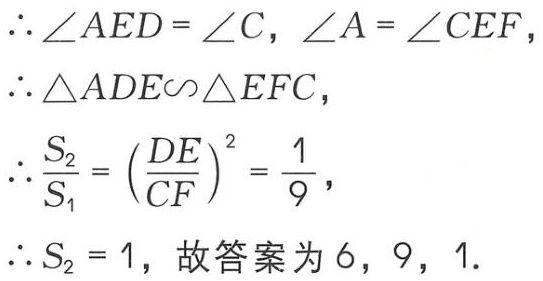
\(\therefore \angle AED = \angle C, \angle A = \angle CEF,\)
\(\therefore \triangle ADE\sim\triangle EFC,\)
\(\therefore \frac{S_{2}}{S_{1}} = \left(\frac{DE}{CF}\right)^{2} = \frac{1}{9},\)
\(\therefore S_{2} = 1,\) 故答案为 \(6\)，\(9\)，\(1\).